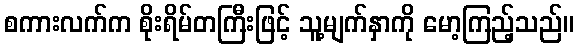
စကားလက်က စိုးရိမ်တကြီးဖြင့် သူ့မျက်နှာကို မော့ကြည့်သည်။